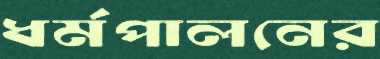
ধর্মপালনের